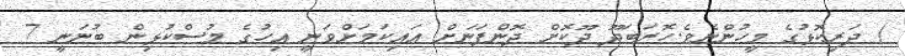
) ދަރިކޮޅުގެ މީހުންނެވެ.ހޮރަބަދޫ ދޫކޮށް ދޮންފަނަށް އައިކަމަށްވަނީ އިހުގެ މުސްކުޅިން ބުނަނީ 7